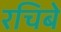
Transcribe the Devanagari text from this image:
रचिबे